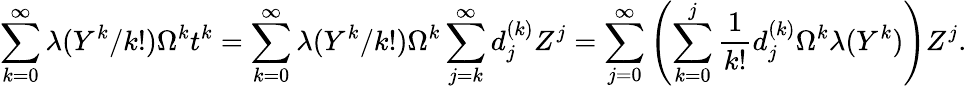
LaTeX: \sum_{k=0}^{\infty}\lambda(Y^{k}/k!)\Omega^{k}t^{k}=\sum_{k=0}^{\infty}\lambda(Y^{k}/k!)\Omega^{k}\sum_{j=k}^{\infty}d_{j}^{(k)}Z^{j}=\sum_{j=0}^{\infty}\left(\sum_{k=0}^{j}\frac{1}{k!}d_{j}^{(k)}\Omega^{k}\lambda(Y^{k})\right)Z^{j}.